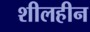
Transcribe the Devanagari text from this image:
शीलहीन